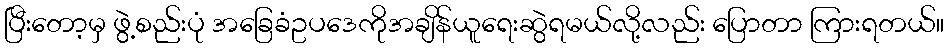
ပြီးတော့မှ ဖွဲ့စည်းပုံ အခြေခံဥပဒေကိုအချိန်ယူရေးဆွဲရမယ်လို့လည်း ပြောတာ ကြားရတယ်။